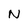
Character: N